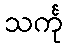
သင်္ကု